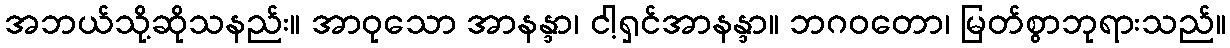
အဘယ်သို့ဆိုသနည်း။ အာဝုသော အာနန္ဒာ၊ ငါ့ရှင်အာနန္ဒာ။ ဘဂဝတော၊ မြတ်စွာဘုရားသည်။